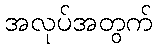
အလုပ်အတွက်